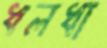
ধলধা